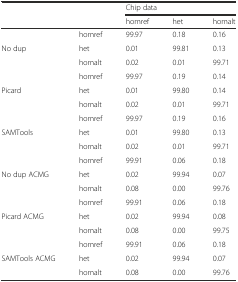
|  |  | <COLSPAN=3> Chip data |
 |  |  | homref | het | homalt |
 | --- | --- | --- | --- | --- |
 |  | homref | 99.97 | 0.18 | 0.16 |
 | No dup | het | 0.01 | 99.81 | 0.13 |
 |  | homalt | 0.02 | 0.01 | 99.71 |
 |  | homref | 99.97 | 0.19 | 0.14 |
 | Picard | het | 0.01 | 99.80 | 0.14 |
 |  | homalt | 0.02 | 0.01 | 99.71 |
 |  | homref | 99.97 | 0.19 | 0.16 |
 | SAMTools | het | 0.01 | 99.80 | 0.13 |
 |  | homalt | 0.02 | 0.01 | 99.71 |
 |  | homref | 99.91 | 0.06 | 0.18 |
 | No dup ACMG | het | 0.02 | 99.94 | 0.07 |
 |  | homalt | 0.08 | 0.00 | 99.76 |
 |  | homref | 99.91 | 0.06 | 0.18 |
 | Picard ACMG | het | 0.02 | 99.94 | 0.08 |
 |  | homalt | 0.08 | 0.00 | 99.75 |
 |  | homref | 99.91 | 0.06 | 0.18 |
 | SAMTools ACMG | het | 0.02 | 99.94 | 0.07 |
 |  | homalt | 0.08 | 0.00 | 99.76 |